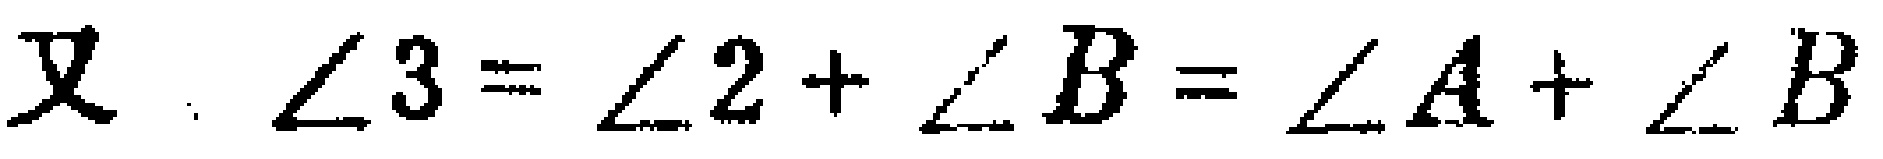
又 . $\angle 3 = \angle 2 + \angle B = \angle A + \angle B$